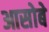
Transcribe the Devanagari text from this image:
आसोबे